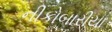
નીકોબારીયા